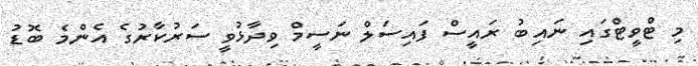
މި ޓްވީޓްގައި ނައިބު ރައީސް ފައިސަލް ނަސީމް ވިދާޅުވީ ސަރުކާރުގެ އެންމެ ބޮޑު